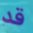
قد